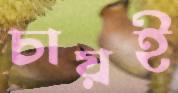
চায়ই